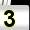
Digit: 3